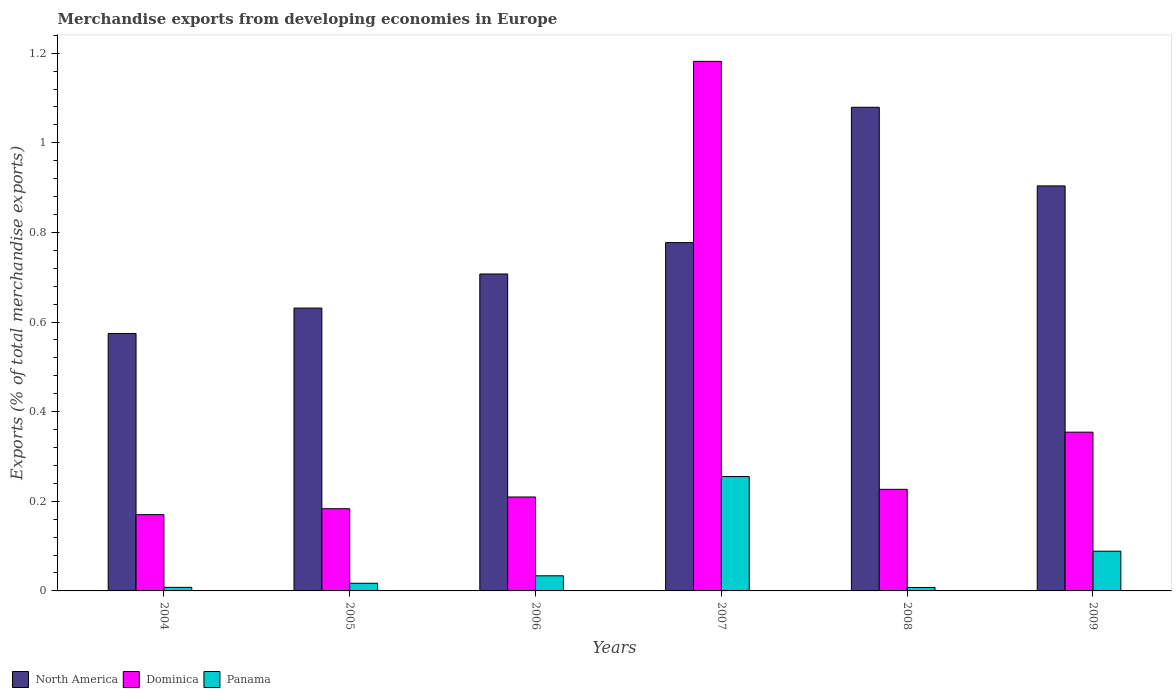
| Years | North America | Dominica | Panama |
 | --- | --- | --- | --- |
 | 2004 | 0.575 | 0.17 | 0.00798 |
 | 2005 | 0.631 | 0.183 | 0.0171 |
 | 2006 | 0.707 | 0.21 | 0.0337 |
 | 2007 | 0.777 | 1.18 | 0.255 |
 | 2008 | 1.08 | 0.227 | 0.00764 |
 | 2009 | 0.904 | 0.354 | 0.0886 |